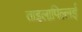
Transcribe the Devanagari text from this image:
ताइलापिल्लई